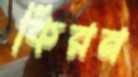
কিরন